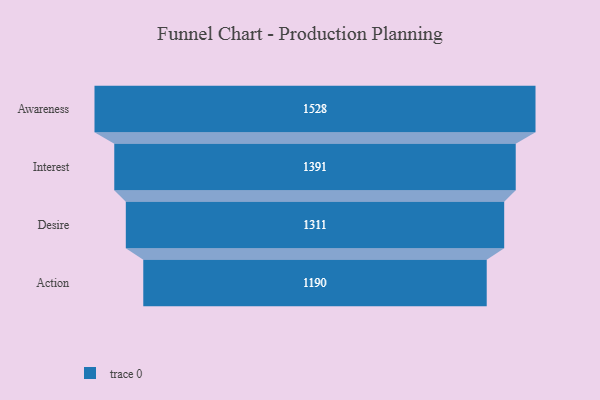
{"axis": {"x": "Stage", "y": "Value"}, "legend": [""], "data": [{"x": "Awareness", "y": 1528.0, "type": ""}, {"x": "Interest", "y": 1391.0, "type": ""}, {"x": "Desire", "y": 1311.0, "type": ""}, {"x": "Action", "y": 1190.0, "type": ""}]}